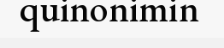
quinonimin